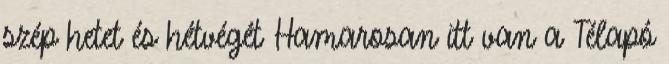
szép hetet és hétvégét Hamarosan itt van a Télapó